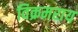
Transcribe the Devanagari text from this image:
विक्रमराय